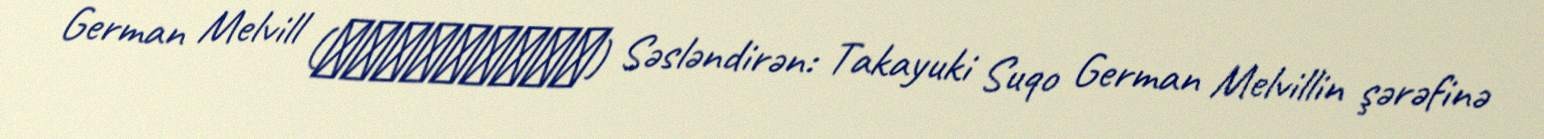
German Melvill (ハーマン・メルビル) Səsləndirən: Takayuki Suqo German Melvillin şərəfinə